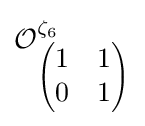
{\mathcal {O}}_{\begin{pmatrix}1&1\\0&1\end{pmatrix}}^{\zeta _{6}}